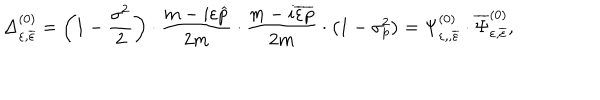
\Delta _ { \varepsilon , \overline { { { \varepsilon } } } } ^ { ( 0 ) } = \left( 1 - \frac { \sigma ^ { 2 } } 2 \right) \cdot \frac { m - i \varepsilon \widehat { p } } { 2 m } \cdot \frac { m - i \overline { { { \varepsilon } } } \overline { { { p } } } } { 2 m } \cdot \left( 1 - \sigma _ { p } ^ { 2 } \right) = \Psi _ { \varepsilon , , \overline { { { \varepsilon } } } } ^ { ( 0 ) } \cdot \overline { { { \Psi } } } _ { \varepsilon , \overline { { { \varepsilon } } } } ^ { ( 0 ) } ,